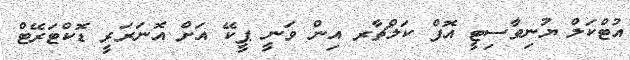
އުޓްކަލް ޔުނިވާސިޓީ އޮފް ކަލްޗާރ އިން ވަނީ ޕީކޭ އަށް އޮނަރަރީ ޑޮކްޓަރޭޓް